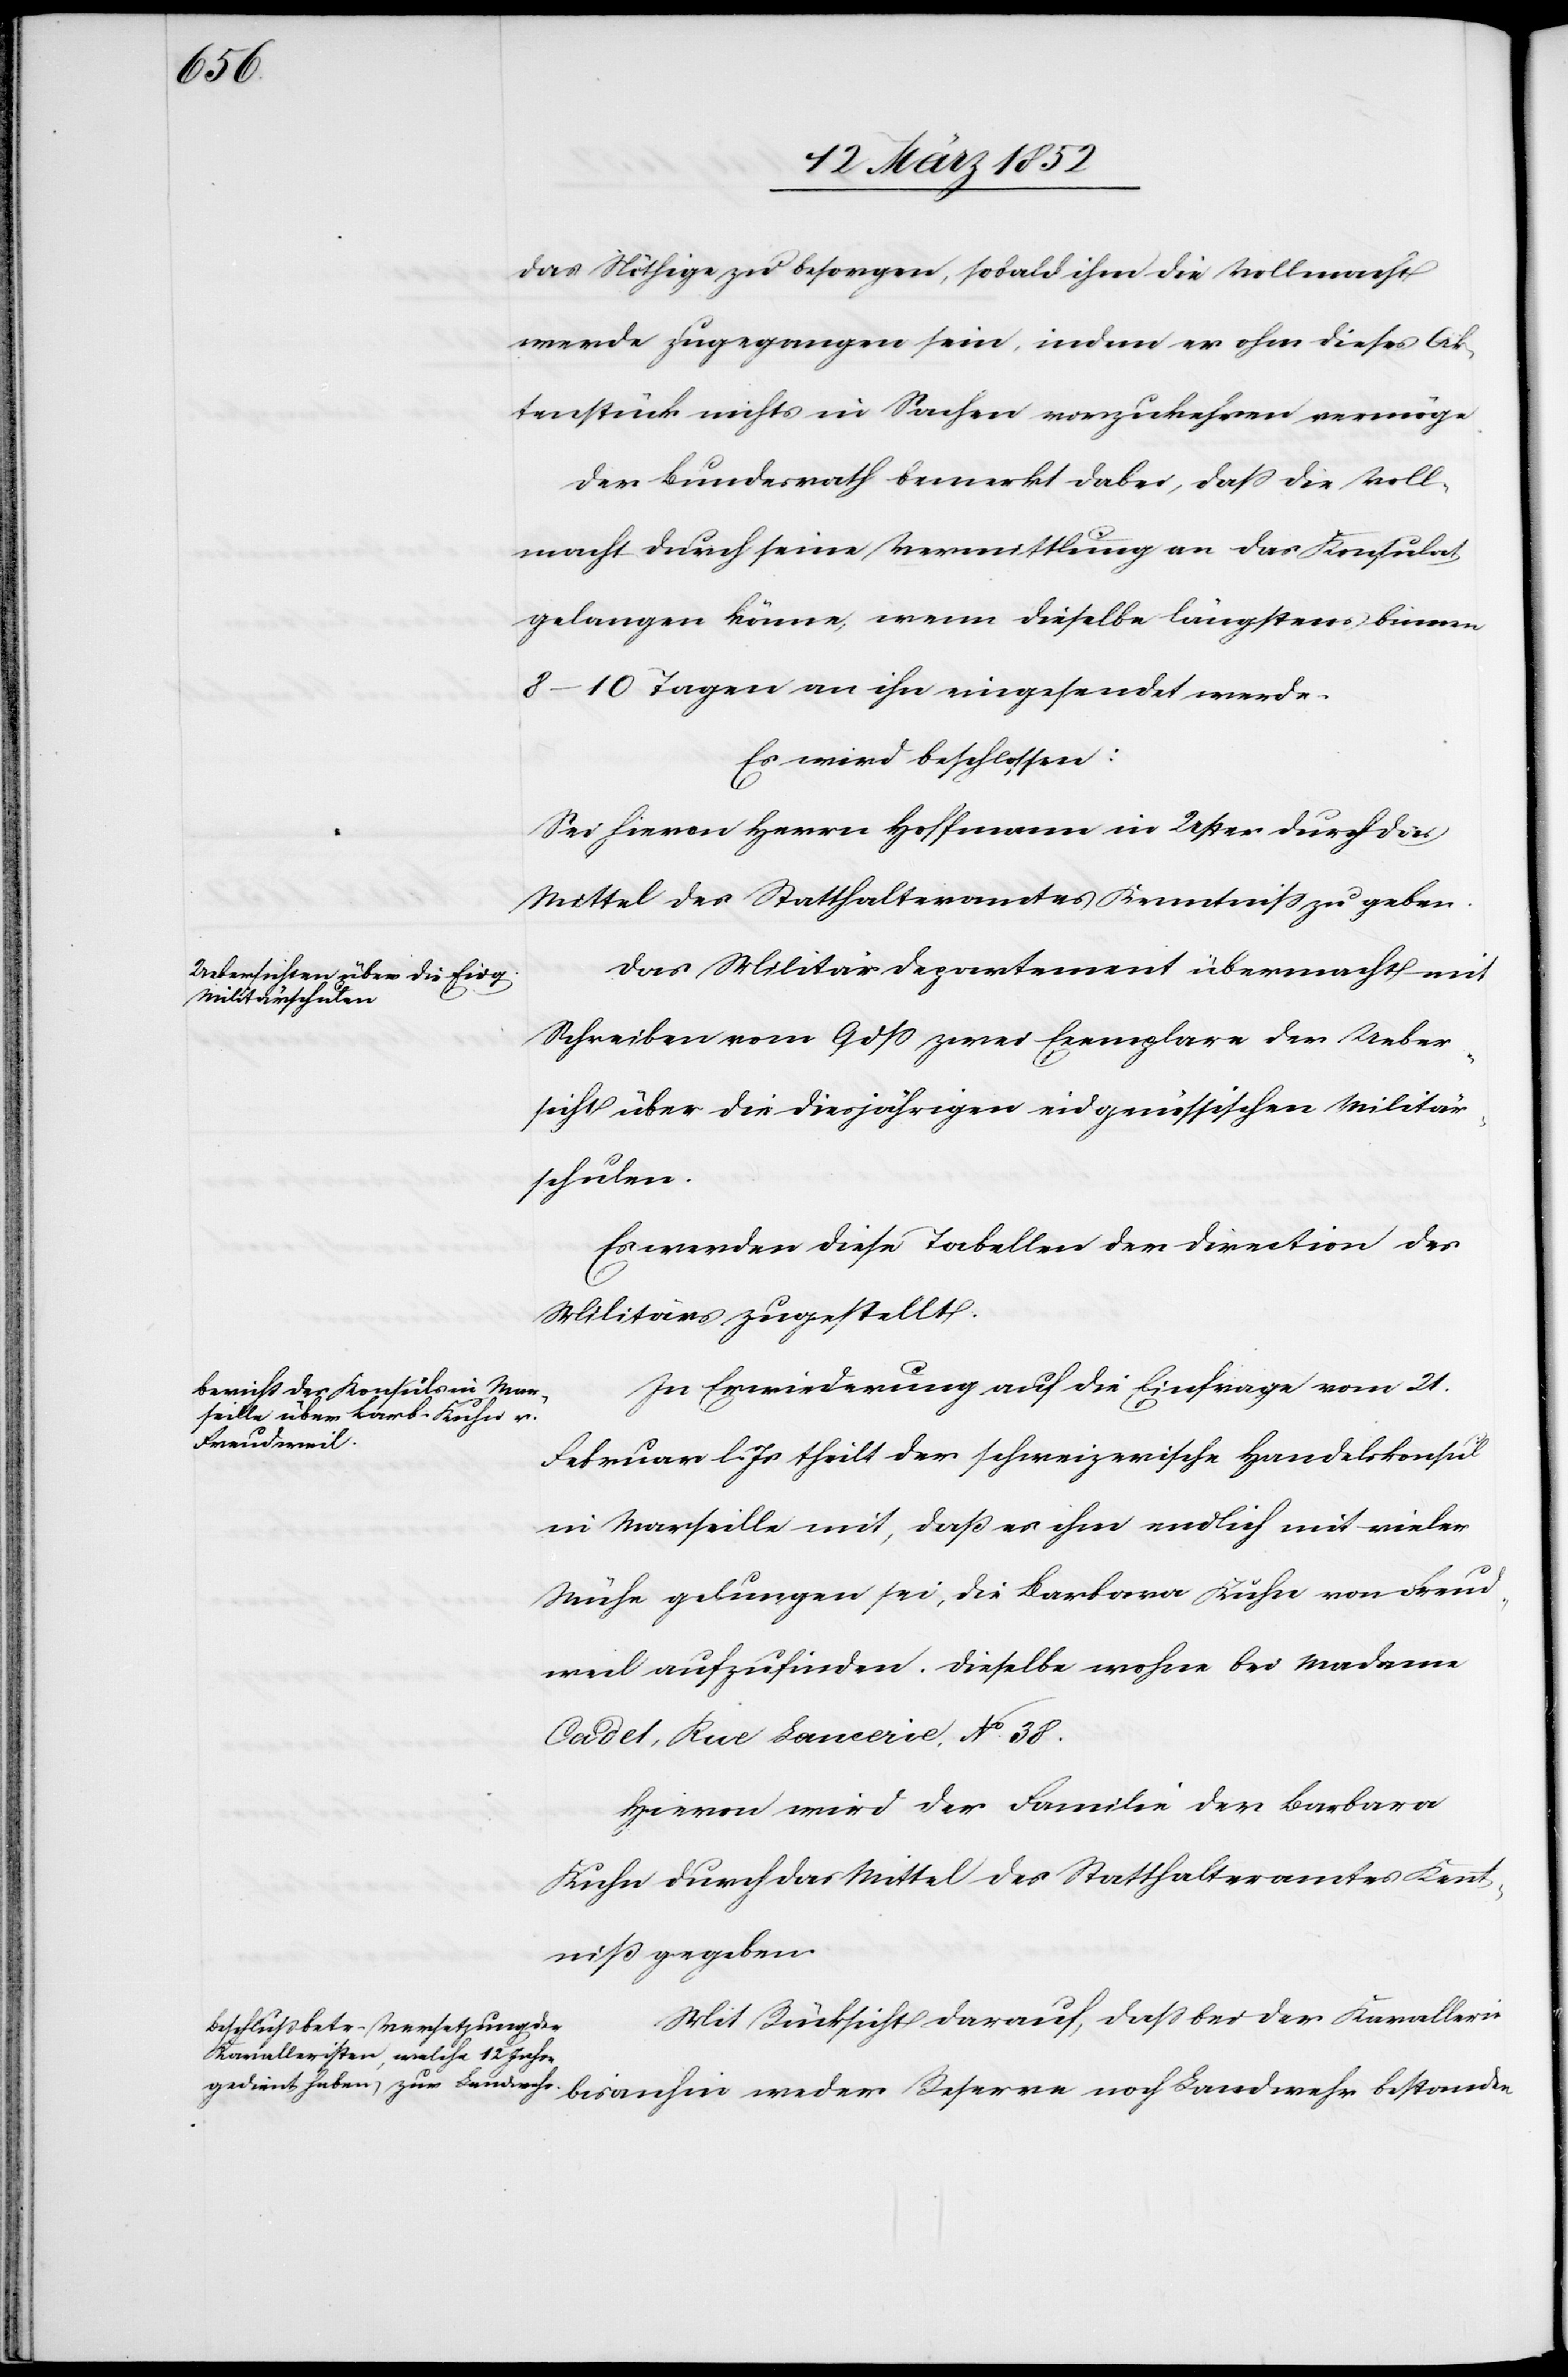
das Nöthige zu besorgen, sobald ihm die Vollmacht
werde zugegangen sein, indem er ohne dieses Ak¬
tenstück nichts in Sachen vorzukehren vermöge.
Der Bundesrath bemerkt dabei, daß die Voll¬
macht durch seine Vermittlung an das Konsulat
gelangen könne, wenn dieselbe längstens binnen
8–10 Tagen an ihn eingesendet werde.
Es wird beschlossen:
Sei hievon Herrn Hoffmann in Uster durch die
Mittel des Statthalteramtes Kenntniß zu geben.
Das Militärdepartement übermacht mit
Schreiben vom 9 dß zwei Exemplare der Ueber¬
sicht über die diesjährigen eidgenössischen Militär¬
schulen.
Es werden diese Tabellen der Direction des
Militärs zugestellt.
In Erwiederung auf die Einfrage vom 21.
Februar l. Js theilt der schweizerische Handelsconsul
in Marseille mit, daß es ihm endlich mit vieler
Mühe gelungen sei, die Barbara Kuhn von Freud¬
weil aufzufinden. Dieselbe wohne bei Madame
Cadel, Rue Lancerie, No 38.
Hievon wird der Familie der Barbara
Kuhn durch das Mittel des Statthalteramtes Kennt¬
niß gegeben.
Mit Rücksicht darauf, daß bei der Kavallerie